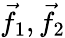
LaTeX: {\vec{f}}_{1},{\vec{f}}_{2}